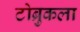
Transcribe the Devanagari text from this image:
टोब्रुकला